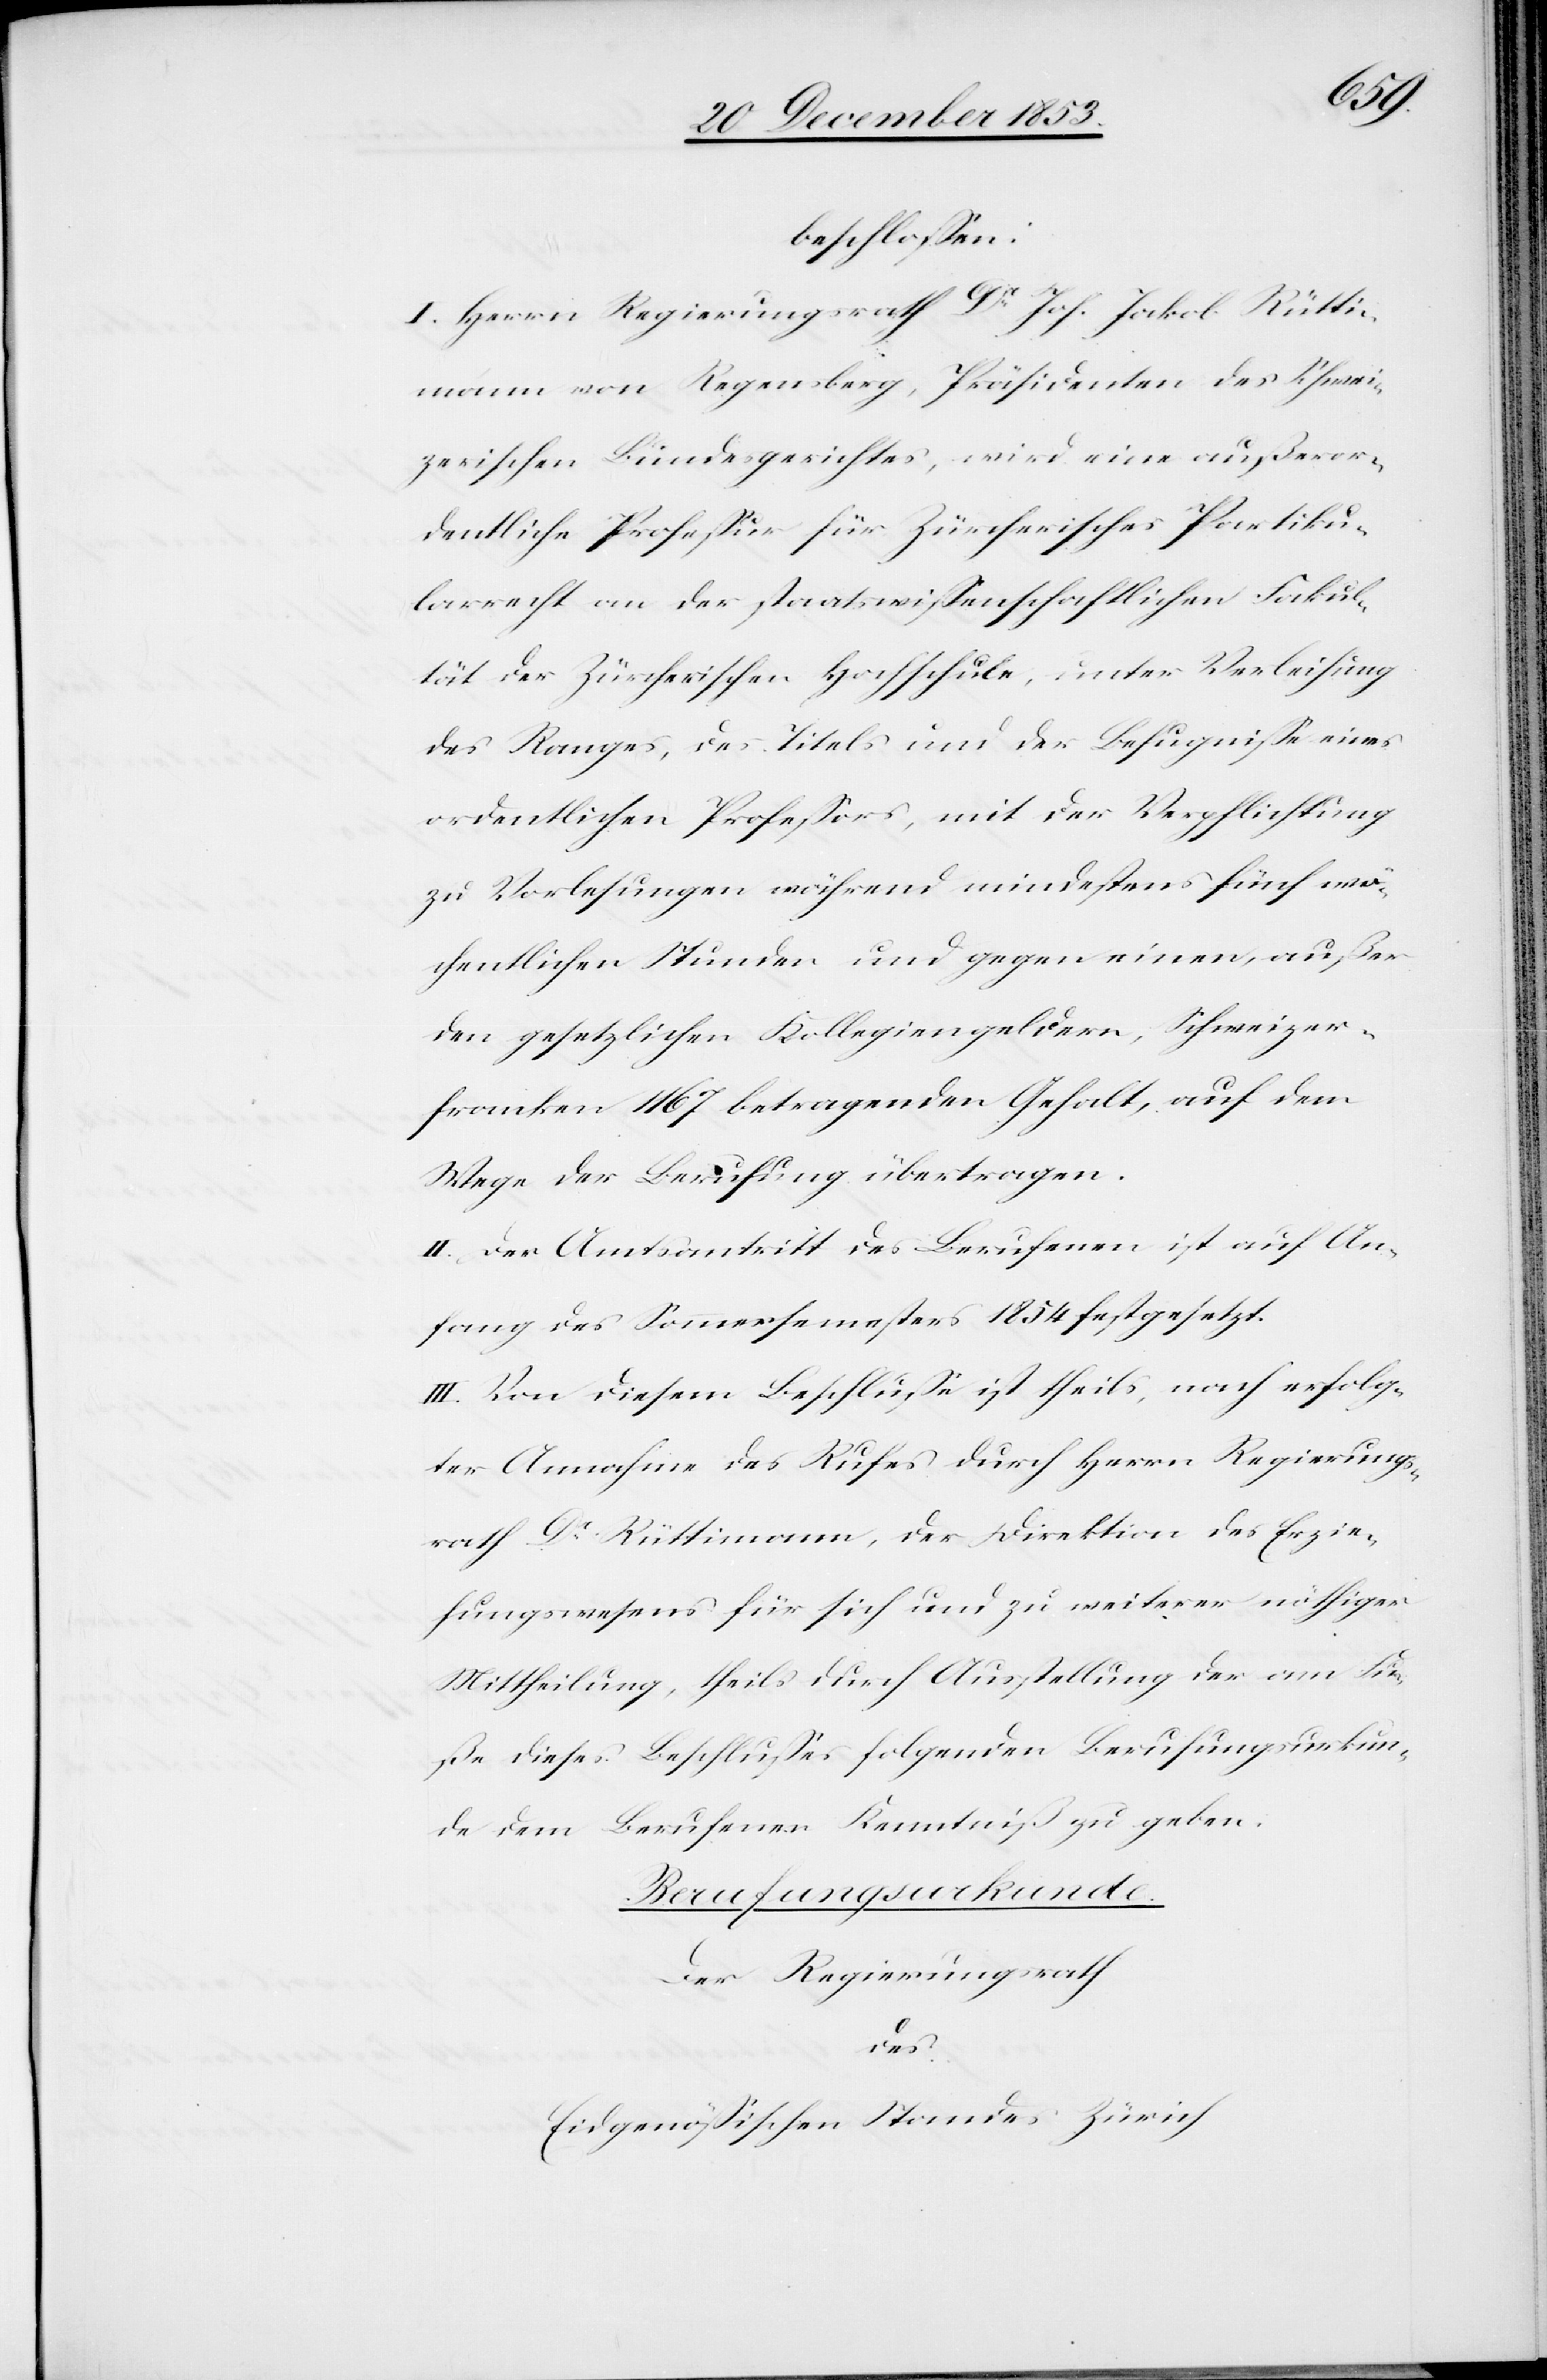
beschloßen:
I. Herrn Regierungsrath Dr Joh. Jakob Rütti¬
mann von Regensberg, Präsidenten des Schwei¬
zerischen Bundesgerichtes, wird eine außeror¬
dentliche Profeßur für Zürcherisches Partiku¬
larrecht an der staatswißenschaftlichen Fakul¬
tät der Zürcherischen Hochschule, unter Verleihung
des Ranges, des Titels und der Befugniße eines
ordentlichen Profeßors, mit der Verpflichtung
zu Vorlesungen während mindestens fünf wö¬
chentlichen Stunden und gegen einen, außer
den gesetzlichen Kollegiengeldern, Schweizer¬
franken 1167 betragenden Gehalt, auf dem
Wege der Berufung übertragen.
II. Der Amtsantritt des Berufenen ist auf An¬
fang des Sommersemesters 1854 festgesetzt.
III. Von diesem Beschluße ist theils, nach erfolg¬
ter Annahme des Rufes durch Herrn Regierungs¬
rath Dr Rüttimann, der Direktion des Erzie¬
hungswesens für sich und zu weiterer nöthiger
Mittheilung, theils durch Ausstellung der am Fu¬
ße dieses Beschlußes folgenden Berufungsurkun¬
de dem Berufenen Kenntniß zu geben.
Rechnungsurkunde.
Der Regierungsrath
des
Eidgenößischen Standes Zürich